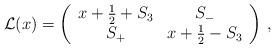
LaTeX: \begin{align*} \mathcal{L}(x)=\left(\begin{array}{cc} x+\frac{1}{2}+S_3&S_-\\ S_+&x+\frac{1}{2} -S_3 \end{array}\right)\,,\end{align*}